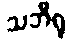
သဘီရု